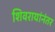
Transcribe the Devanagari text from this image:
शिवरायांनंतर